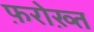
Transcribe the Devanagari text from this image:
फ़रोख़्त